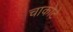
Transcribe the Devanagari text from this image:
चाकोटे